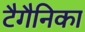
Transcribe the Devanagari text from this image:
टैगैनिका